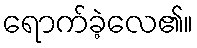
ရောက်ခဲ့လေ၏။